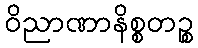
ဝိညာဏာနိစ္စတဉ္စ